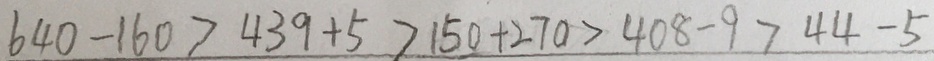
6 4 0 - 1 6 0 > 4 3 9 + 5 > 1 5 0 + 2 7 0 > 4 0 8 - 9 > 4 4 - 5